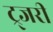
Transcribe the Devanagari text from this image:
ट्र्जरी